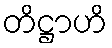
တိဋ္ဌာဟိ